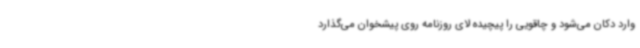
وارد دکان می‌شود و چاقویی را پیچیده لای روزنامه روی پیشخوان می‌گذارد